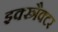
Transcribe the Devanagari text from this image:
इक्स्त्रैक्टर